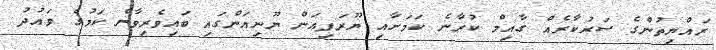
ރައްޔިތުންގެ ސަރުކާރެއް ގާއިމް ކުރާނެ ކަމަށާއި ޔޫރަޕިއަން ޔޫނިއަންގައި ބައިވެރިވާނެ ކަމުގެ ވައުދު